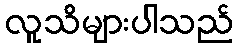
လူသိများပါသည်